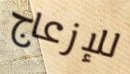
للإزعاج